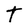
Character: t